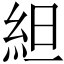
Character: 䋎